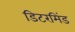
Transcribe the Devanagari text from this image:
डिटरमिंड